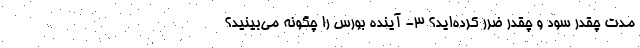
مدت چقدر سود و چقدر ضرر کرده‌اید؟ 3- آینده بورس را چگونه می‌بینید؟